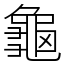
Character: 龜